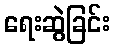
ရေးဆွဲခြင်း